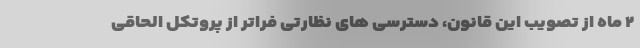
۲ ماه از تصویب این قانون، دسترسی های نظارتی فراتر از پروتکل الحاقی